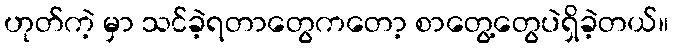
ဟုတ်ကဲ့ မှာ သင်ခဲ့ရတာတွေကတော့ စာတွေ့တွေပဲရှိခဲ့တယ်။